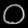
Digit: ၀